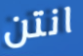
انتن